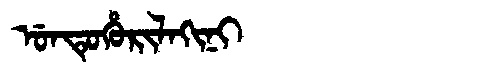
Manchu: ᡠᠨᡨᡠᡥᡠᡵᡳᠯᠠᡴᡳᠨᡳ
Romanization: UNTUHURILAKINI